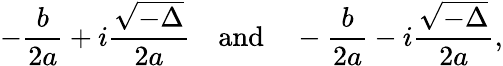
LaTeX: -{\frac{b}{2a}}+i{\frac{\sqrt{-\Delta}}{2a}}\quad{\mathrm{and}}\quad-{\frac{b}{2a}}-i{\frac{\sqrt{-\Delta}}{2a}},